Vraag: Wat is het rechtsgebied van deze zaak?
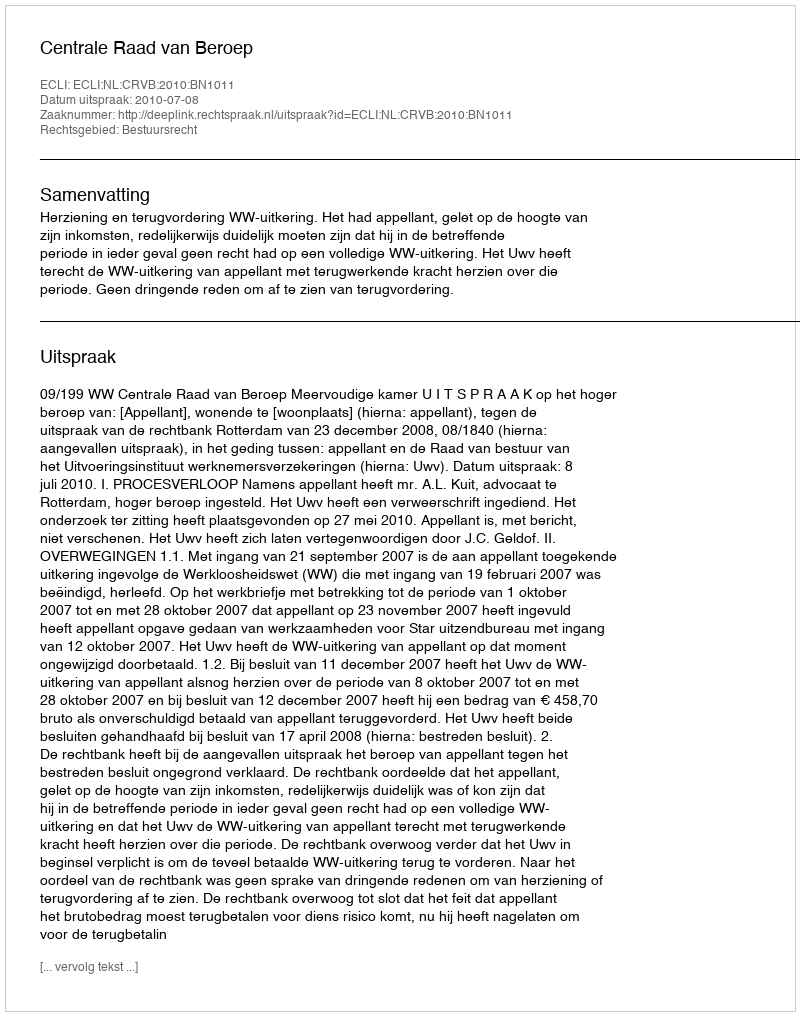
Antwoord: Bestuursrecht